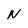
Character: N